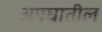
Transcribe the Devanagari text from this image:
अपघातील